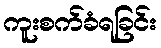
ကူးစက်ခံရခြင်း